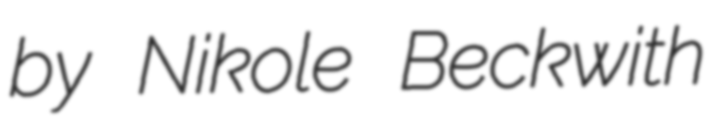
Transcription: by Nikole Beckwith